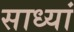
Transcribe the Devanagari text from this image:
साध्यां